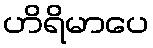
ဟိရိမာပေ